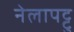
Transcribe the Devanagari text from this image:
नेलापट्टु